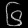
Digit: ၆